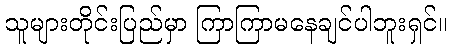
သူများတိုင်းပြည်မှာ ကြာကြာမနေချင်ပါဘူးရှင်။